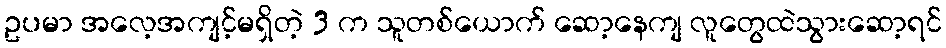
ဥပမာ အလေ့အကျင့်မရှိတဲ့ 3 က သူတစ်ယောက် ဆော့နေကျ လူတွေထဲသွားဆော့ရင်